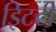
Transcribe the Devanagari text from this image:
इिटटी